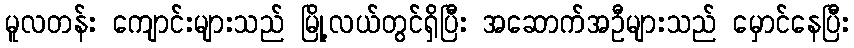
မူလတန်း ကျောင်းများသည် မြို့လယ်တွင်ရှိပြီး အဆောက်အဦများသည် မှောင်နေပြီး